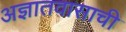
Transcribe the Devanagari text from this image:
अज्ञातवासाची